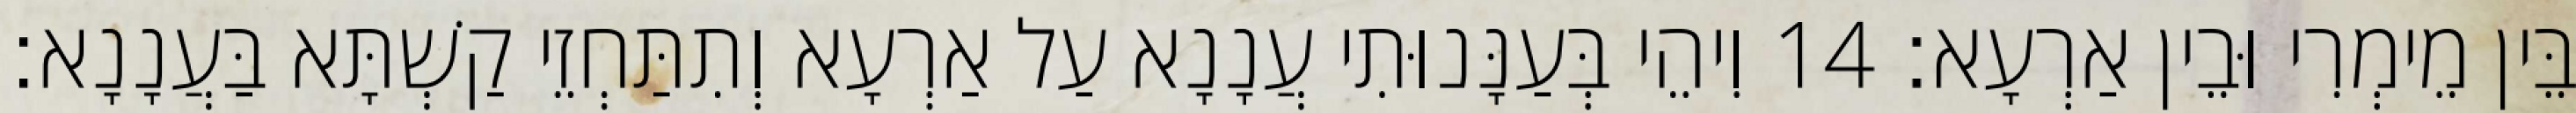
בֵּין מֵימְרִי וּבֵין אַרְעָא׃ 14 וִיהֵי בְּעַנָּנוּתִי עֲנָנָא עַל אַרְעָא וְתִתַּחְזֵי קַשְׁתָּא בַּעֲנָנָא׃